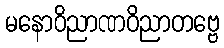
မနောဝိညာဏဝိညာတဗ္ဗေ